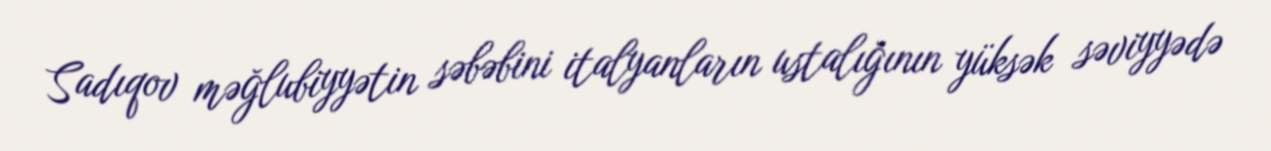
Sadıqov məğlubiyyətin səbəbini italyanların ustalığının yüksək səviyyədə